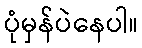
ပုံမှန်ပဲနေပါ။